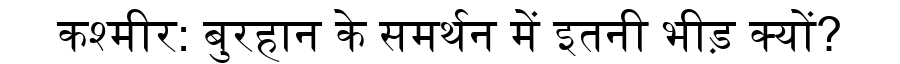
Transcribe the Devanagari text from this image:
कश्मीर: बुरहान के समर्थन में इतनी भीड़ क्यों?